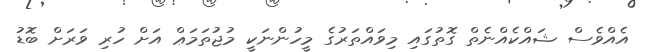
އެއްވެސް ޝައްކެއްނެތް ގޮތުގައި މިވައްތަރުގެ މީހުންނަކީ މުޖުތަމަޢް އަށް ހުރި ވަރަށް ބޮޑު